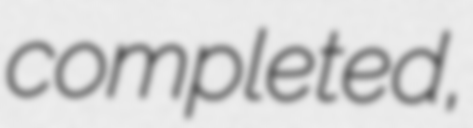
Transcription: completed,